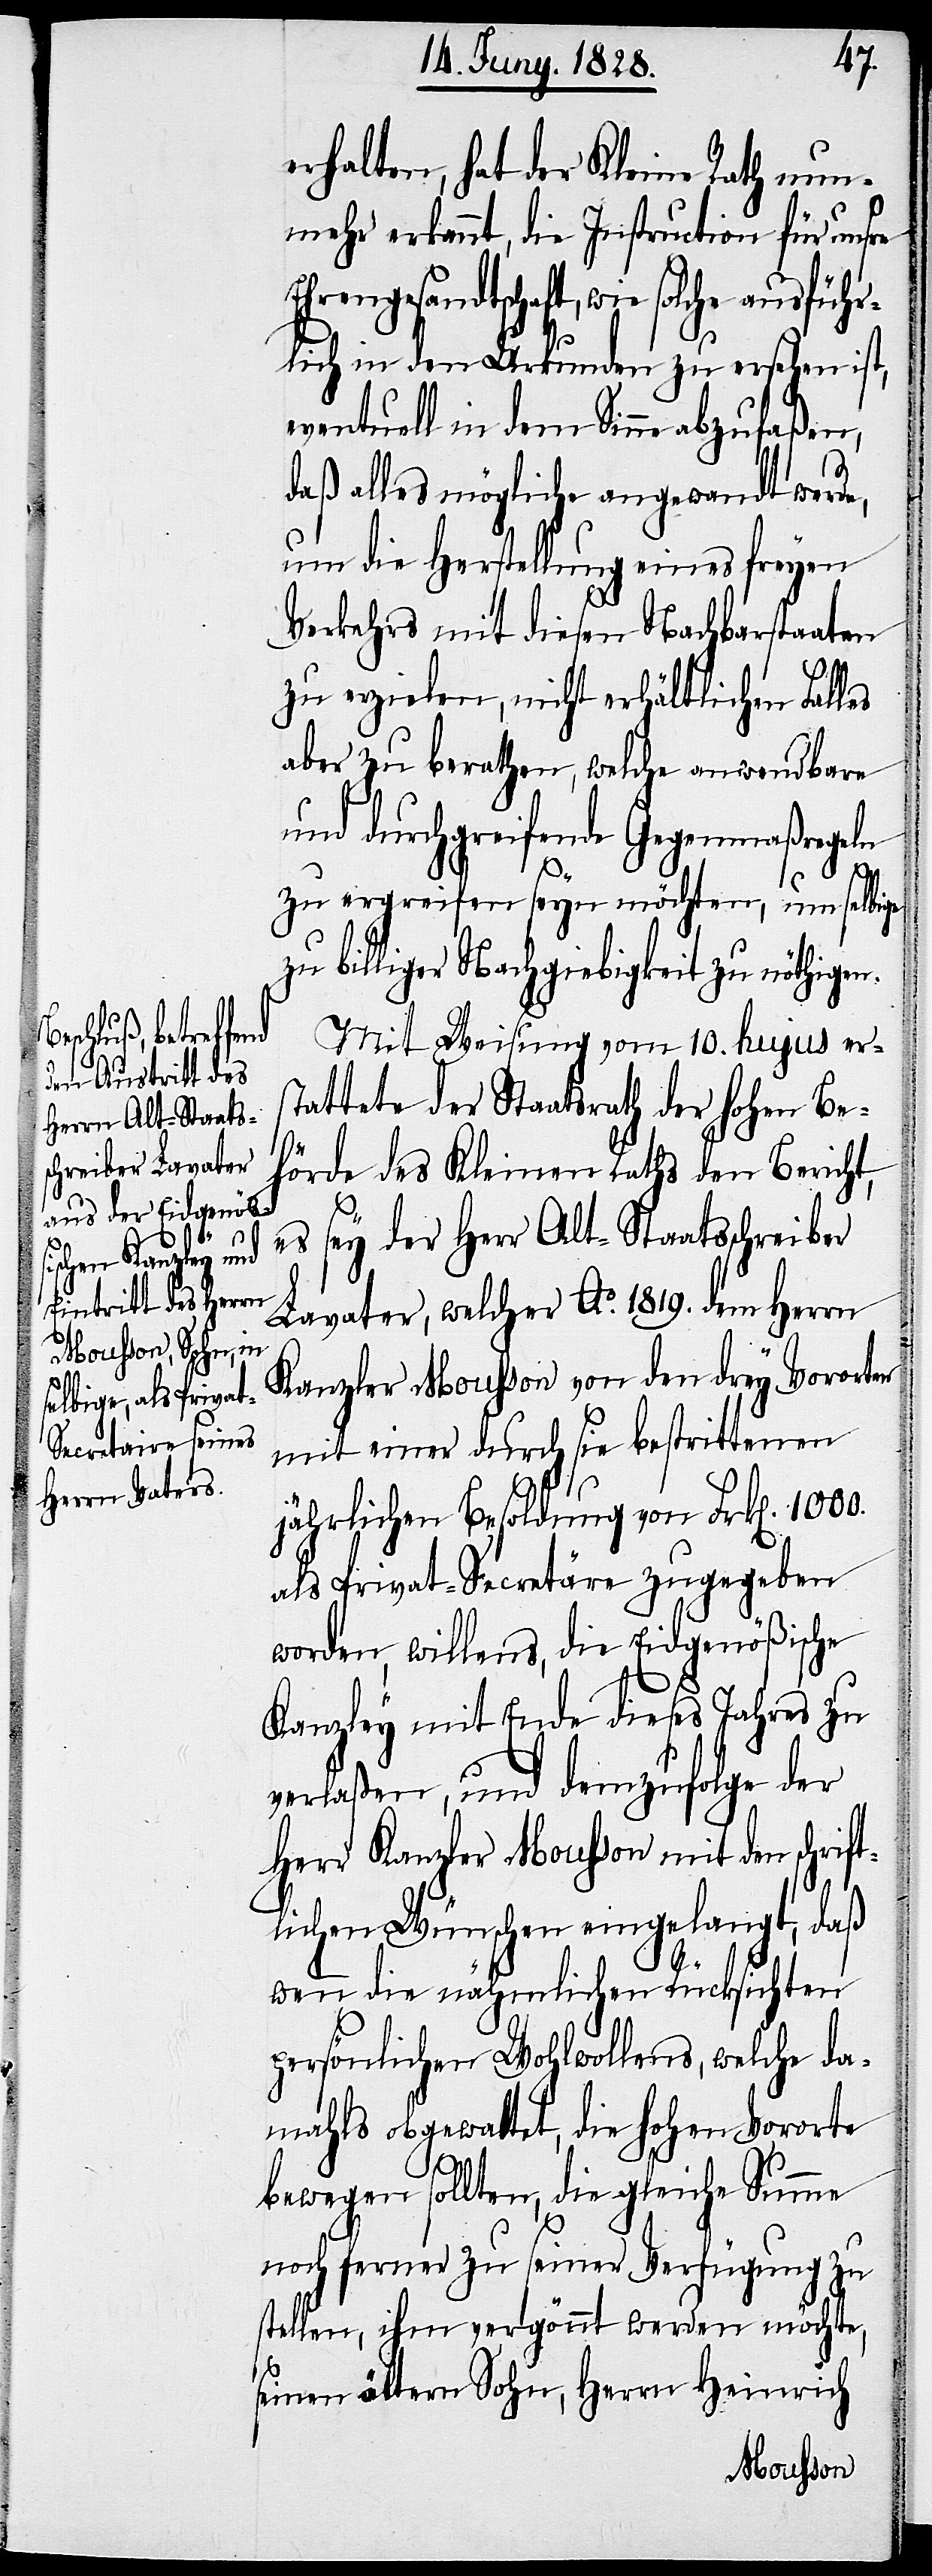
es

erhalten, hat der Kleine Rath nun¬
mehr erkannt, die Instruction für unsre
Ehrengesandtschaft, wie solche ausführ¬
lich in den Urkunden zu ersehen ist,
eventuell in dem Sinne abzufaßen,
daß alles mögliche angewandt werde,
um die Herstellung eines freyen
Verkehrs mit diesen Nachbarstaaten
zu erzielen, nicht erhältlichen Fall¬
aber zu berathen welche anwendbare
und durchgreifende Gegenmaßregeln
zu ergreifen seyn möchten, um selbige
zu billiger Nachgiebigkeit zu nöthigen.
Mit Weisung vom 10. hujus ers¬
tattete der Staatsrath der hohen Be¬
hörde des Kleinen Raths den Bericht,
es sey der Herr Alt-Staatsschreiber
Lavater, welcher A. 1819. dem Herrn
Kanzler Mousson von den drey Vororten
mit einer durch sie bestrittenen
jährlichen Besoldung von Frk[en]. 1000.
als Privat-Secretäre zugegeben
worden, willens, die Eidgenößische
Kanzley mit Ende dieses Jahres zu
verlaßen, und demzufolge der
Herr Kanzler Mousson mit den schrif¬
tlichen Wünschen eingelangt, daß
wenn die nähmlichen Rücksichten
persönlichen Wohlwollens, welche da¬
mahls obgewaltet, die hohen Vororte
bewegen sollten, die gleiche Summe
noch ferner zu seiner Verfügung zu
stellen, ihm vergönnt werden möchte,
seinen ältern Sohn, Herrn Heinrich